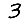
Digit: 3